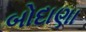
બોદાણા